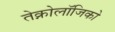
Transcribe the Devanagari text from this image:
तेक्नोलॉजिको